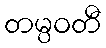
တမ္ပဝတီ